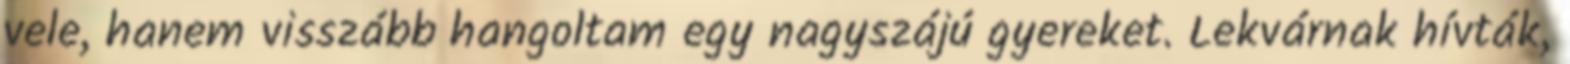
vele, hanem visszább hangoltam egy nagyszájú gyereket. Lekvárnak hívták,